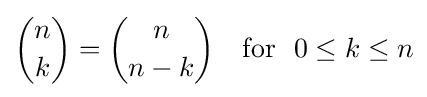
{\binom {n}{k}}={\binom {n}{n-k}}\quad {\text{for }}\ 0\leq k\leq n